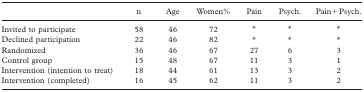
|  | n | Age | Women% | Pain | Psych. | Pain+ Psych. |
 | --- | --- | --- | --- | --- | --- | --- |
 | Invited to participate | 58 | 46 | 72 | * | * | * |
 | Declined participation | 22 | 46 | 82 | * | * | * |
 | Randomized | 36 | 46 | 67 | 27 | 6 | 3 |
 | Control group | 15 | 48 | 67 | 11 | 3 | 1 |
 | Intervention (intention to treat) | 18 | 44 | 61 | 13 | 3 | 2 |
 | Intervention (completed) | 16 | 45 | 62 | 11 | 3 | 2 |